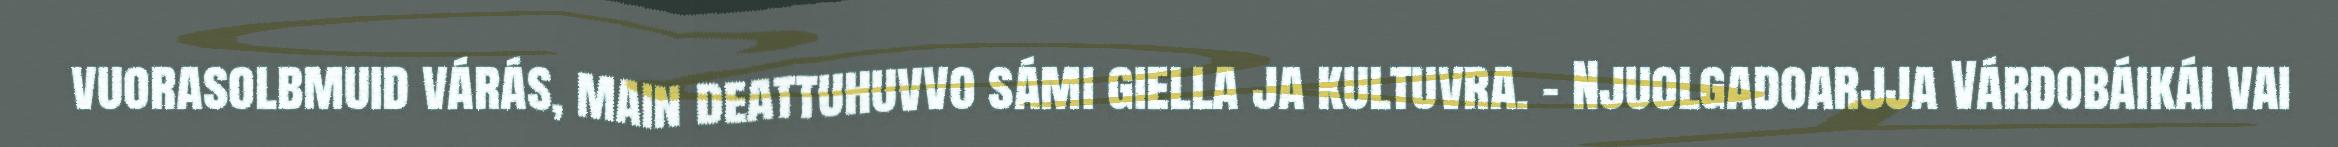
vuorasolbmuid várás, main deattuhuvvo sámi giella ja kultuvra. - Njuolgadoarjja Várdobáikái vai